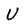
Character: U